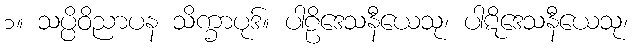
၁။ သပ္ပိဝိညာပန သိက္ခာပုဒ်။ ပါဠိဒေသနီယေသု၊ ပါဋိဒေသနီယေသု၊